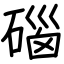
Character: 碯